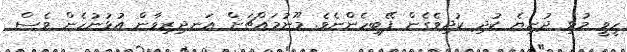
ހީވީ މުޅި ދުނިޔެ ކުދި ކުދިވެގެން ފޭބިހެންނެވެ. މޫނުމައްޗަށް އަނދިރިވާން އުޅުނުހެން ވެސް